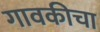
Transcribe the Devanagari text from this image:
गावकीचा